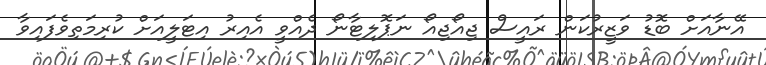
އޭނާއަށް ބޮޑު ވަޒީރުކަން ރައީސް ޖިއޯޖިއޯ ނަޕޮލިޓާނޯ ދެއްވީ އެއިރު އިޓަލީއަށް ކުރިމަތިވެފައިވާ